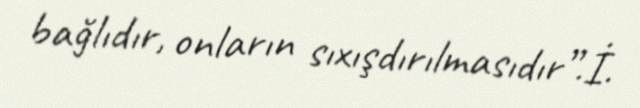
bağlıdır, onların sıxışdırılmasıdır”.İ.